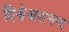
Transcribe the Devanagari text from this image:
विश्वेश्वरानन्द